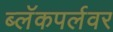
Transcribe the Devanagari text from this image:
ब्लॅकपर्लवर